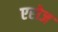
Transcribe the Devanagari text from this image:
एरोज